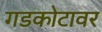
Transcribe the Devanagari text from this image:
गडकोटावर